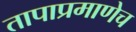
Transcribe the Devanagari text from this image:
तापाप्रमाणेच